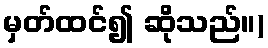
မှတ်ထင်၍ ဆိုသည်။)